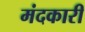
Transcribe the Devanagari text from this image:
मंदकारी